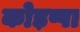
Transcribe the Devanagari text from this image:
कोड़प्पा